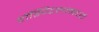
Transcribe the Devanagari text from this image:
हॉस्पिटलामध्ये